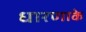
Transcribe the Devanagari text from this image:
धारणाके